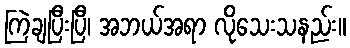
ကြဲချပြီးပြီ၊ အဘယ်အရာ လိုသေးသနည်း။